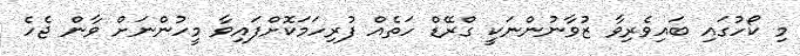
މި ކޯހުގައި ބައިވެރިވާ ޒުވާނުންނަކީ ގްރޭޑް ހަތެއް ފުރިހަމަކޮށްފައިވާ މީހުންނަށް ވާން ޖެހެ